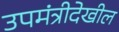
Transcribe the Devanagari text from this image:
उपमंत्रीदेखील